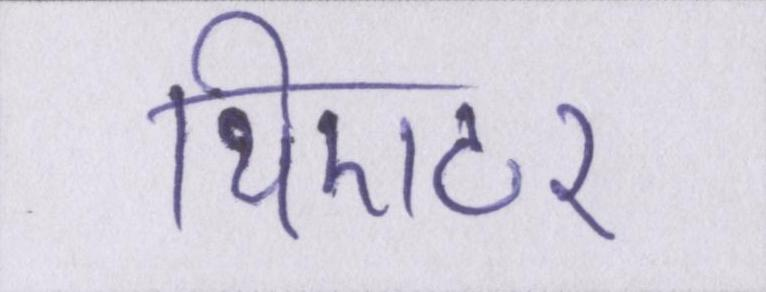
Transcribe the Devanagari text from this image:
थिएटर